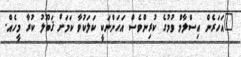
"އަހަރެން އިސްލާމް ވުމުގެ ކުރިންވެސް އަހަންނަކީ ކަލަކުވާ ކަމަށް ޤަބޫލު ކުރާ މީހެއް.